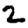
Digit: 2